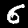
Digit: 6